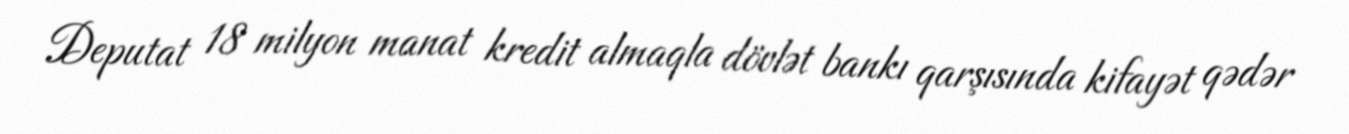
Deputat 18 milyon manat kredit almaqla dövlət bankı qarşısında kifayət qədər